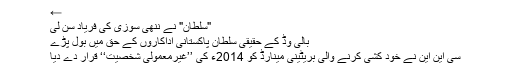
←
"سلطان" نے ننھی سوزی کی فریاد سن لی
بالی وڈ کے حقیقی سلطان پاکستانی اداکاروں کے حق میں بول پڑے
سی این این نے خود کشی کرنے والی بریٹینی مینارڈ کو 2014ء کی ’’غیرمعمولی شخصیت‘‘ قرار دے دیا